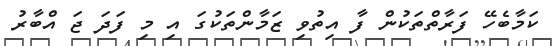
ކަމާބެހޭ ފަރާތްތަކުން ފާ އިތުވި ޒަމާންތަކުގަ އި މި ފަދަ ޖަ އްބާރު